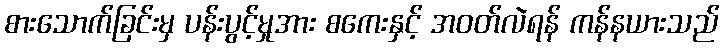
စားသောက်ခြင်းမှ ပန်းပွင့်မှုအား စကေးနှင့် အဝတ်လဲရန် ကန်နယားသည်